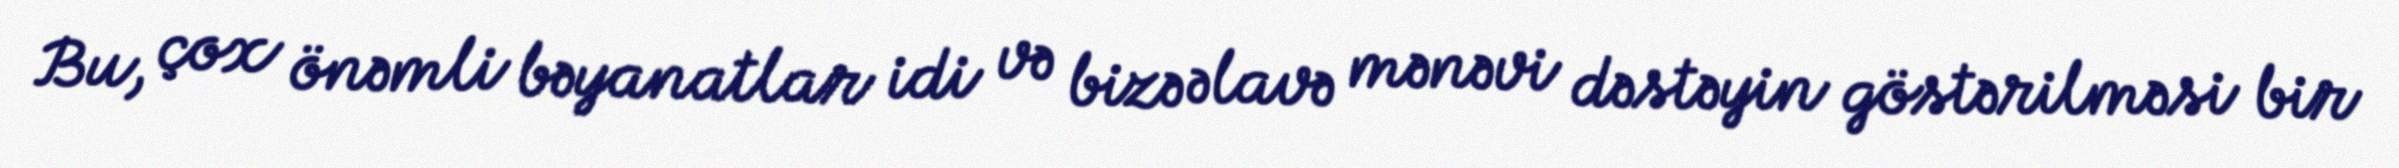
Bu, çox önəmli bəyanatlar idi və bizə əlavə mənəvi dəstəyin göstərilməsi bir